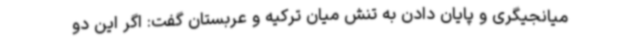
میانجیگری و پایان دادن به تنش میان ترکیه و عربستان گفت: اگر این دو